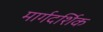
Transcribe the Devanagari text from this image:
मार्गदर्शिक